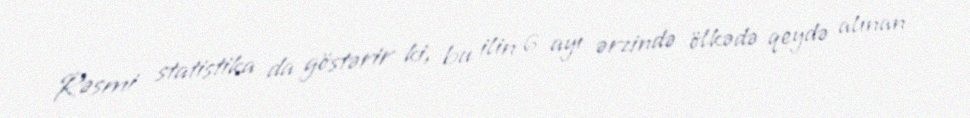
Rəsmi statistika da göstərir ki, bu ilin 6 ayı ərzində ölkədə qeydə alınan